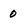
Character: 0